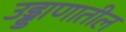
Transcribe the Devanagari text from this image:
उड्डाणातील